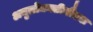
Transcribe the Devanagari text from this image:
अनुलोमगतीनौंस्थः